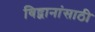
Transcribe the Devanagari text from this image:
विद्वानांसाठी